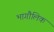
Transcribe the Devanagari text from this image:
भागौलिक